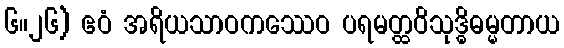
၆။၂၆) ဧဝံ အရိယသာဝကဿေဝ ပရမတ္ထဝိသုဒ္ဓိဓမ္မတာယ